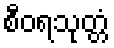
စီဝရသုတ္တံ